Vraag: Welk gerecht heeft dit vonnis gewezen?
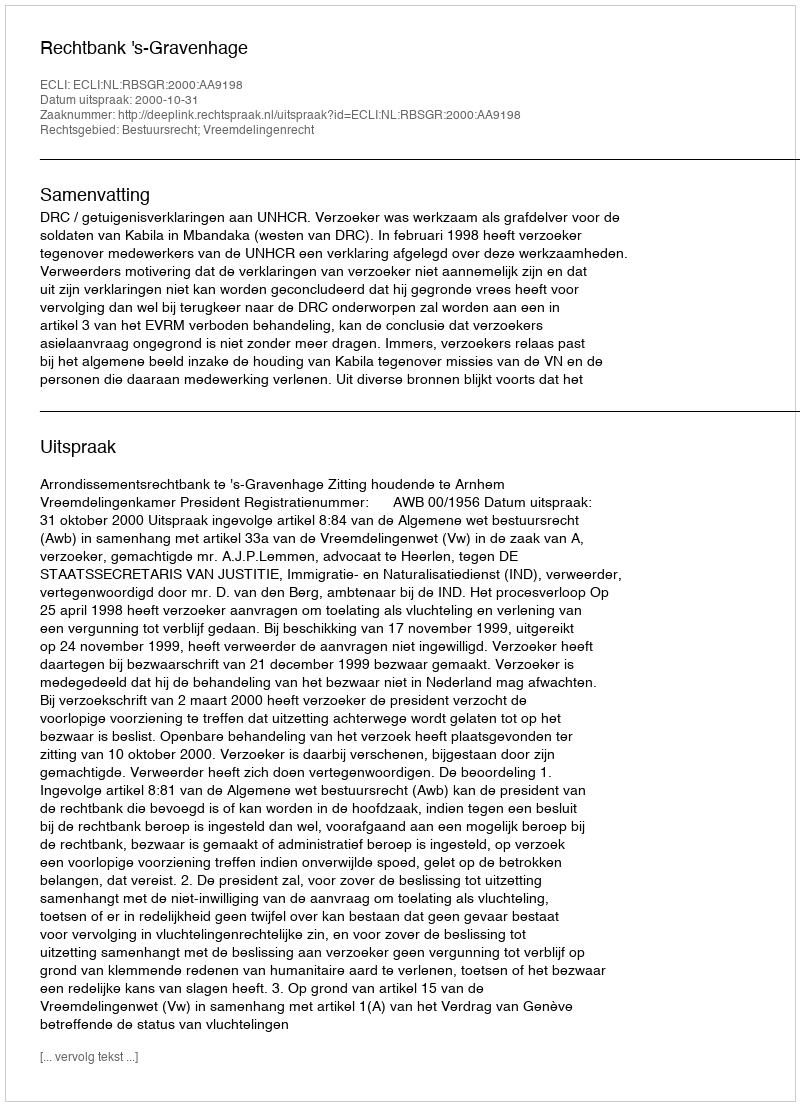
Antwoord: Rechtbank 's-Gravenhage